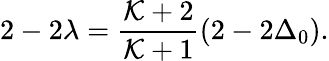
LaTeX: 2-2\lambda={\frac{{\cal K}+2}{{\cal K}+1}}(2-2\Delta_{0}).